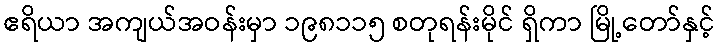
ဧရိယာ အကျယ်အဝန်းမှာ ၁၉၈၁၁၅ စတုရန်းမိုင် ရှိကာ မြို့တော်နှင့်